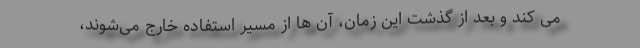
می کند و بعد از گذشت این زمان، آن ها از مسیر استفاده خارج می‌شوند،